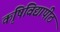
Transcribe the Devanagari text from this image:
कृषिविद्यापीठ